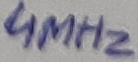
Text: 4MHz